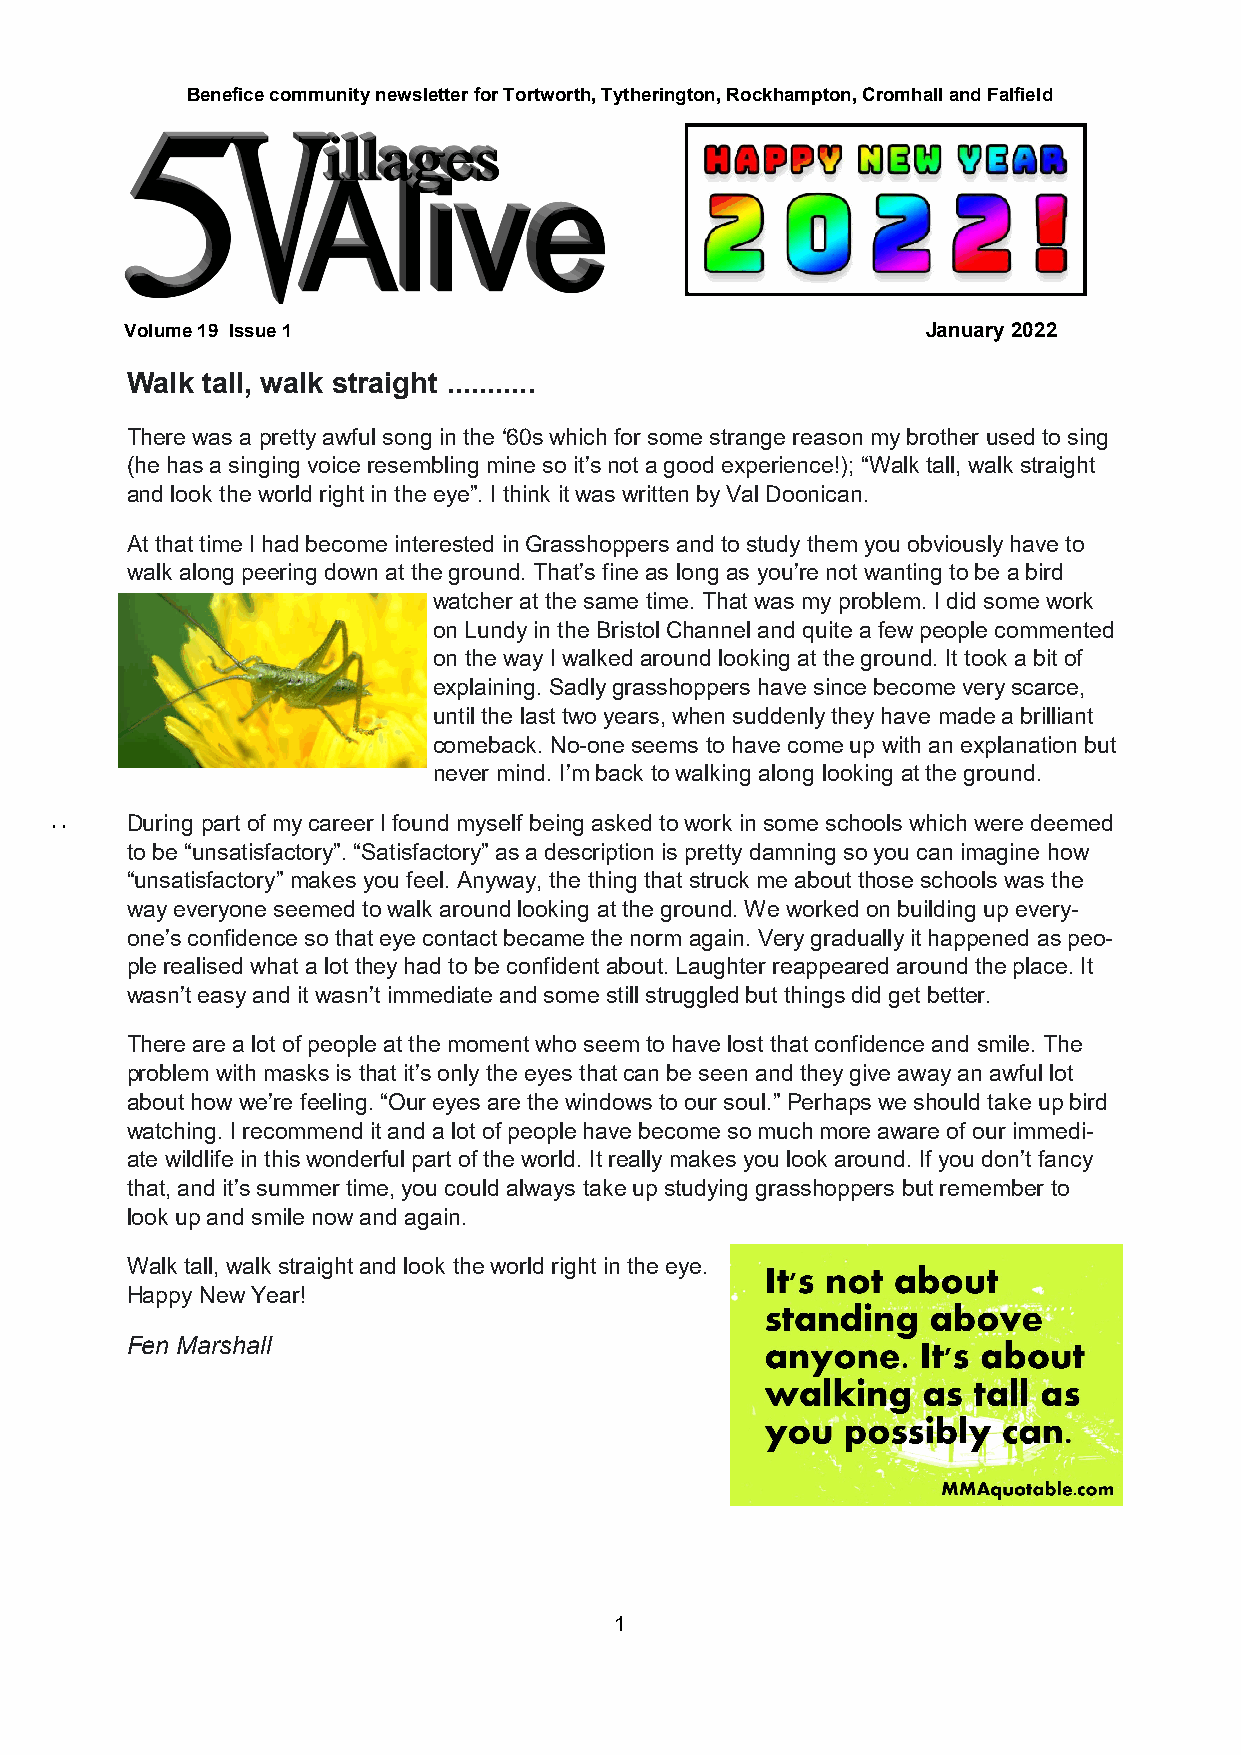
Benefice community newsletter for Tortworth, Tytherington, Rockhampton, Cromhall and Falfield
 Volume 19 Issue 1                                    January 2022
 Walk tall, walk straight ...........
 There was a pretty awful song in the ‘60s which for some strange reason my brother used to sing
 (he has a singing voice resembling mine so it’s not a good experience!); “Walk tall, walk straight
 and look the world right in the eye”. I think it was written by Val Doonican.
 At that time I had become interested in Grasshoppers and to study them you obviously have to
 walk along peering down at the ground. That’s fine as long as you’re not wanting to be a bird
 watcher at the same time. That was my problem. I did some work
 on Lundy in the Bristol Channel and quite a few people commented
 on the way I walked around looking at the ground. It took a bit of
 explaining. Sadly grasshoppers have since become very scarce,
 until the last two years, when suddenly they have made a brilliant
 comeback. No-one seems to have come up with an explanation but
 never mind. I’m back to walking along looking at the ground.
 During part of my career I found myself being asked to work in some schools which were deemed
 to be “unsatisfactory”. “Satisfactory” as a description is pretty damning so you can imagine how
 “unsatisfactory” makes you feel. Anyway, the thing that struck me about those schools was the
 way everyone seemed to walk around looking at the ground. We worked on building up every-
 one’s confidence so that eye contact became the norm again. Very gradually it happened as peo-
 ple realised what a lot they had to be confident about. Laughter reappeared around the place. It
 wasn’t easy and it wasn’t immediate and some still struggled but things did get better.
 There are a lot of people at the moment who seem to have lost that confidence and smile. The
 problem with masks is that it’s only the eyes that can be seen and they give away an awful lot
 about how we’re feeling. “Our eyes are the windows to our soul.” Perhaps we should take up bird
 watching. I recommend it and a lot of people have become so much more aware of our immedi-
 ate wildlife in this wonderful part of the world. It really makes you look around. If you don’t fancy
 that, and it’s summer time, you could always take up studying grasshoppers but remember to
 look up and smile now and again.
 Walk tall, walk straight and look the world right in the eye.
 Happy New Year!
 Fen Marshall
 There’s always
 a reason to
 smile ….. find it!
 1